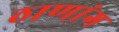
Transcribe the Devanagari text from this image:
ठाणांग